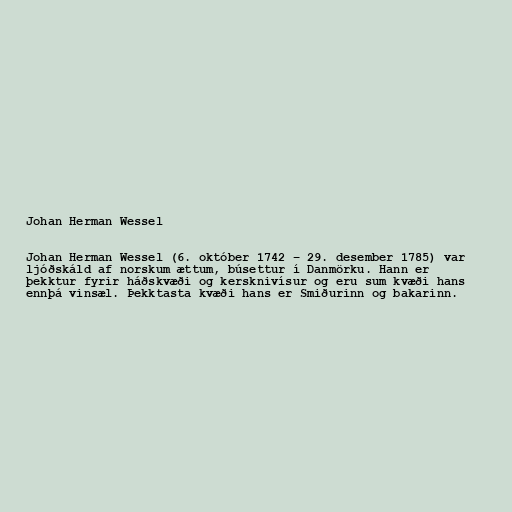
Johan Herman Wessel

Johan Herman Wessel (6. október 1742 – 29. desember 1785) var
ljóðskáld af norskum ættum, búsettur í Danmörku. Hann er
þekktur fyrir háðskvæði og kersknivísur og eru sum kvæði hans
ennþá vinsæl. Þekktasta kvæði hans er Smiðurinn og bakarinn.